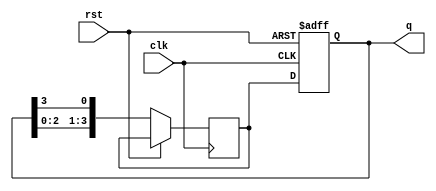
module johnson_counter(
    input wire clk,
    input wire rst,
    output reg [3:0] q
);

reg [3:0] next_q;

always @ (posedge clk or posedge rst) begin
    if (rst) begin
        q <= 4'b0000;
    end else begin
        next_q[0] <= q[3];
        next_q[1] <= q[0];
        next_q[2] <= q[1];
        next_q[3] <= q[2];
        
        q <= next_q;
    end
end

endmodule